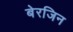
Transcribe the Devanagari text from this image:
बेरजिन